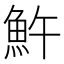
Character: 𩵱